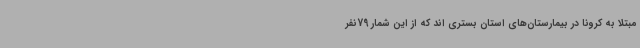
مبتلا به کرونا در بیمارستان‌های استان بستری اند که از این شمار 79نفر